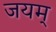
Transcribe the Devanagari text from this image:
जयम्